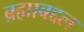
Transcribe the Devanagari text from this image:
ब्रह्माबद्दल